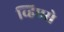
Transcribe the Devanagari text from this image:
व्हिएसे